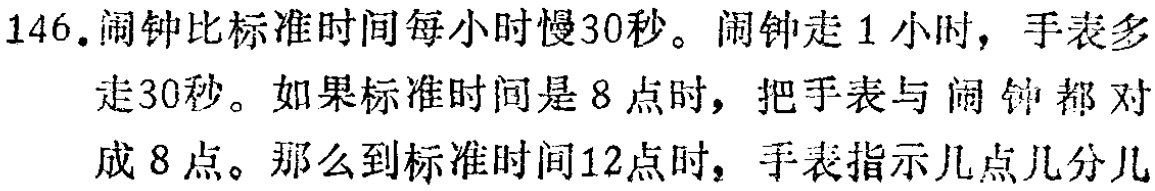
146. 闹钟比标准时间每小时慢30秒。闹钟走1小时，手表多走30秒。如果标准时间是8点时，把手表与闹钟都对成8点。那么到标准时间12点时，手表指示几点几分几